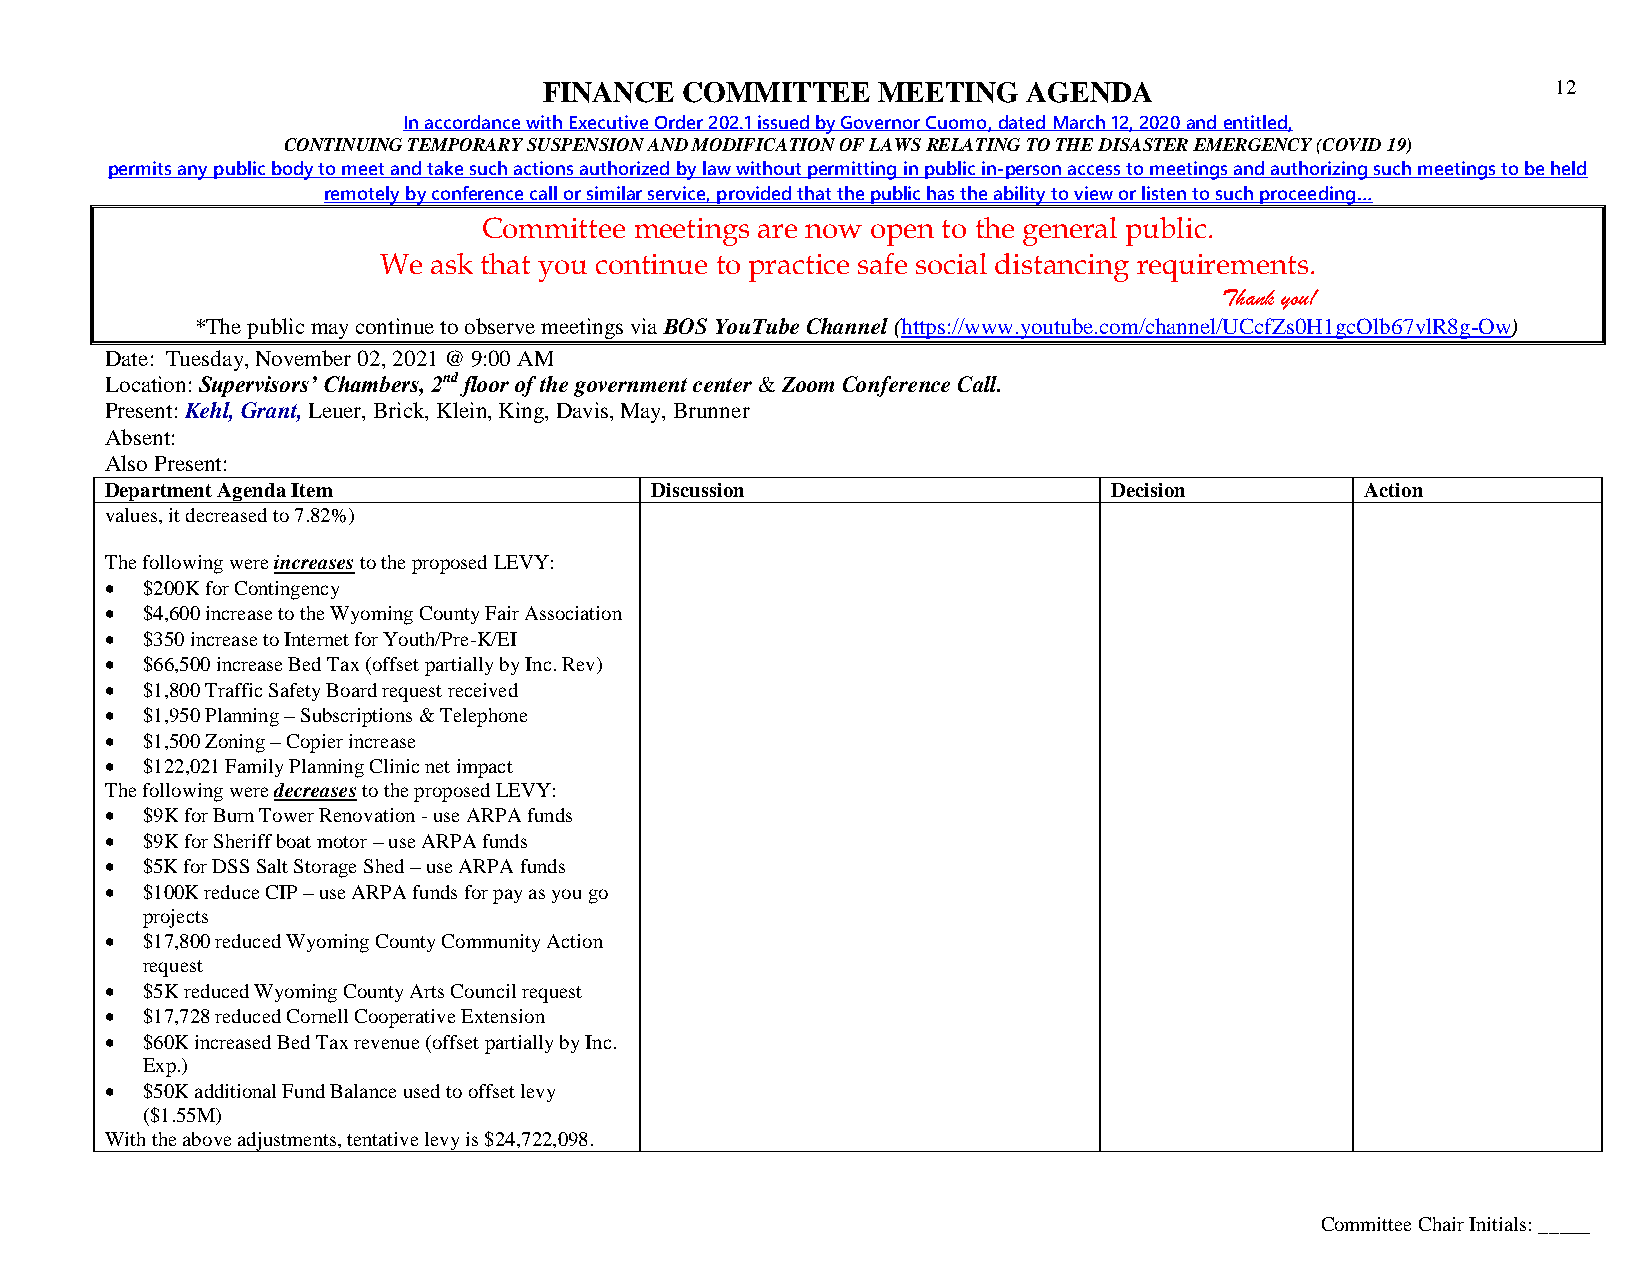
FINANCE  COMMITTEE    MEETING   AGENDA                             12
 In accordance with Executive Order 202.1 issued by Governor Cuomo, dated March 12, 2020 and entitled,
 CONTINUING TEMPORARY SUSPENSION AND MODIFICATION OF LAWS RELATING TO THE DISASTER EMERGENCY (COVID 19)
 permits any public body to meet and take such actions authorized by law without permitting in public in-person access to meetings and authorizing such meetings to be held
 remotely by conference call or similar service, provided that the public has the ability to view or listen to such proceeding…
 Committee meetings are now open to the general public.
 We ask that you continue to practice safe social distancing requirements.
 Thank you!
 *The public may continue to observe meetings via BOS YouTube Channel (https://www.youtube.com/channel/UCcfZs0H1gcOlb67vlR8g-Ow)
 Date: Tuesday, November 02, 2021 @ 9:00 AM
 Location: Supervisors’ Chambers, 2nd floor of the government center & Zoom Conference Call.
 Present: Kehl, Grant, Leuer, Brick, Klein, King, Davis, May, Brunner
 Absent:
 Also Present:
 Department Agenda Item              Discussion                    Decision         Action
 values, it decreased to 7.82%)
 The following were increases to the proposed LEVY:
  $200K for Contingency
  $4,600 increase to the Wyoming County Fair Association
  $350 increase to Internet for Youth/Pre-K/EI
  $66,500 increase Bed Tax (offset partially by Inc. Rev)
  $1,800 Traffic Safety Board request received
  $1,950 Planning – Subscriptions & Telephone
  $1,500 Zoning – Copier increase
  $122,021 Family Planning Clinic net impact
 The following were decreases to the proposed LEVY:
  $9K for Burn Tower Renovation - use ARPA funds
  $9K for Sheriff boat motor – use ARPA funds
  $5K for DSS Salt Storage Shed – use ARPA funds
  $100K reduce CIP – use ARPA funds for pay as you go
 projects
  $17,800 reduced Wyoming County Community Action
 request
  $5K reduced Wyoming County Arts Council request
  $17,728 reduced Cornell Cooperative Extension
  $60K increased Bed Tax revenue (offset partially by Inc.
 Exp.)
  $50K additional Fund Balance used to offset levy
 ($1.55M)
 With the above adjustments, tentative levy is $24,722,098.
 Committee Chair Initials: _____